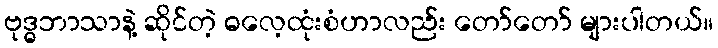
ဗုဒ္ဓဘာသာနဲ့ ဆိုင်တဲ့ ဓလေ့ထုံးစံဟာလည်း တော်တော် များပါတယ်။